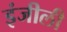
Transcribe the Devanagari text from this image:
इंजीली